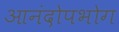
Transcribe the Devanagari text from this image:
आनंदोपभोग